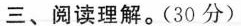
三、阅读理解。(30 分)